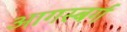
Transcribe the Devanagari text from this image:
आगस्बर्ग